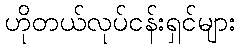
ဟိုတယ်လုပ်ငန်းရှင်များ